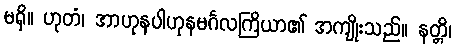
မရှိ။ ဟုတံ၊ အာဟုနပါဟုနမင်္ဂလကြိယာ၏ အကျိုးသည်။ နတ္တိ၊